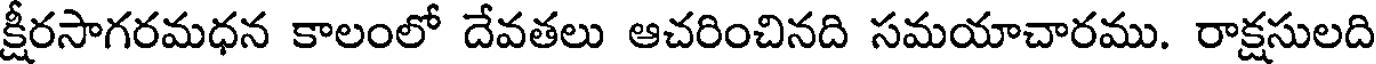
క్షీరసాగరమధన కాలంలో దేవతలు ఆచరించినది సమయాచారము. రాక్షసులది